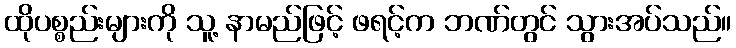
ထိုပစ္စည်းများကို သူ့ နာမည်ဖြင့် ဖရင့်က ဘဏ်တွင် သွားအပ်သည်။